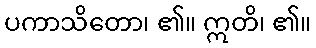
ပကာသိတော၊ ၏။ ဣတိ၊ ၏။